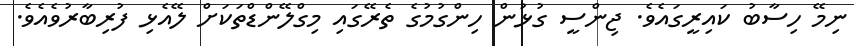
ނިމޭ ހިސާބު ކައިރީގައެވެ. ޖިންސީ ގުޅުން ހިންގުމުގެ ތެރޭގައި މިގްލޭންޑްތަކަށް ލޭއެޅި ފުރިބާރުވެއެވެ.